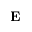
{ \bf E }